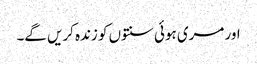
اور مری ہوئی سنتوں کو زندہ کریں گے۔